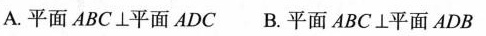
A.平面ABC\bot 平面ADC B.平面ABC \bot 平面ADB